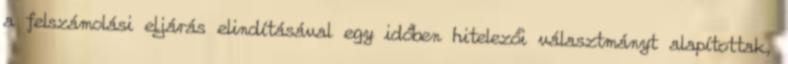
a felszámolási eljárás elindításával egy időben hitelezői választmányt alapítottak,